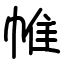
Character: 帷